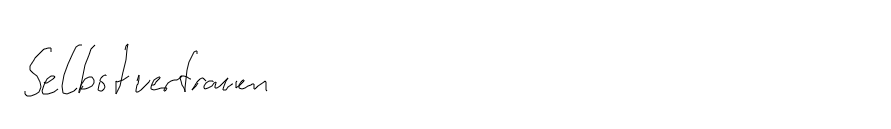
Selbstvertrauen